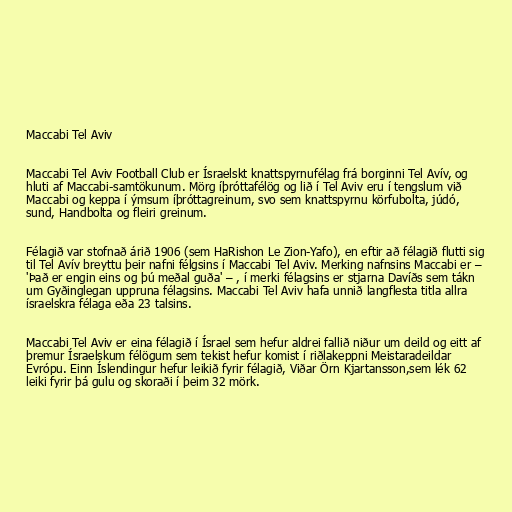
Maccabi Tel Aviv

Maccabi Tel Aviv Football Club er Ísraelskt knattspyrnufélag frá borginni Tel Avív, og
hluti af Maccabi-samtökunum. Mörg íþróttafélög og lið í Tel Aviv eru í tengslum við
Maccabi og keppa í ýmsum íþróttagreinum, svo sem knattspyrnu körfubolta, júdó,
sund, Handbolta og fleiri greinum.

Félagið var stofnað árið 1906 (sem HaRishon Le Zion-Yafo), en eftir að félagið flutti sig
til Tel Avív breyttu þeir nafni félgsins í Maccabi Tel Aviv. Merking nafnsins Maccabi er –
'Það er engin eins og þú meðal guða' – , í merki félagsins er stjarna Davíðs sem tákn
um Gyðinglegan uppruna félagsins. Maccabi Tel Aviv hafa unnið langflesta titla allra
ísraelskra félaga eða 23 talsins.

Maccabi Tel Aviv er eina félagið í Ísrael sem hefur aldrei fallið niður um deild og eitt af
þremur Ísraelskum félögum sem tekist hefur komist í riðlakeppni Meistaradeildar
Evrópu. Einn Íslendingur hefur leikið fyrir félagið, Viðar Örn Kjartansson,sem lék 62
leiki fyrir þá gulu og skoraði í þeim 32 mörk.